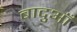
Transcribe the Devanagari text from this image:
बादुआँ